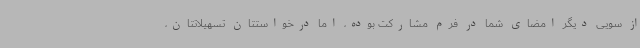
از سویی دیگر امضای شما در فرم مشارکت بوده، اما درخواستتان تسهیلاتتان،